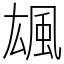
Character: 䫺